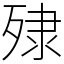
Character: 殔